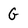
Character: G